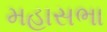
મહાસભા